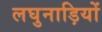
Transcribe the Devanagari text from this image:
लघुनाड़ियों